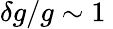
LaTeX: \delta g/g\sim 1\